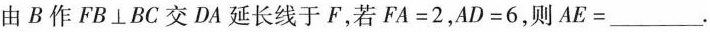
由B作FB⊥BC交DA延长线于F，若FA=2，AD=6，则AE=___。